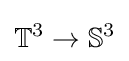
\mathbb {T} ^{3}\to \mathbb {S} ^{3}